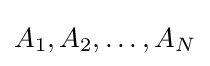
A_{1},A_{2},\ldots ,A_{N}